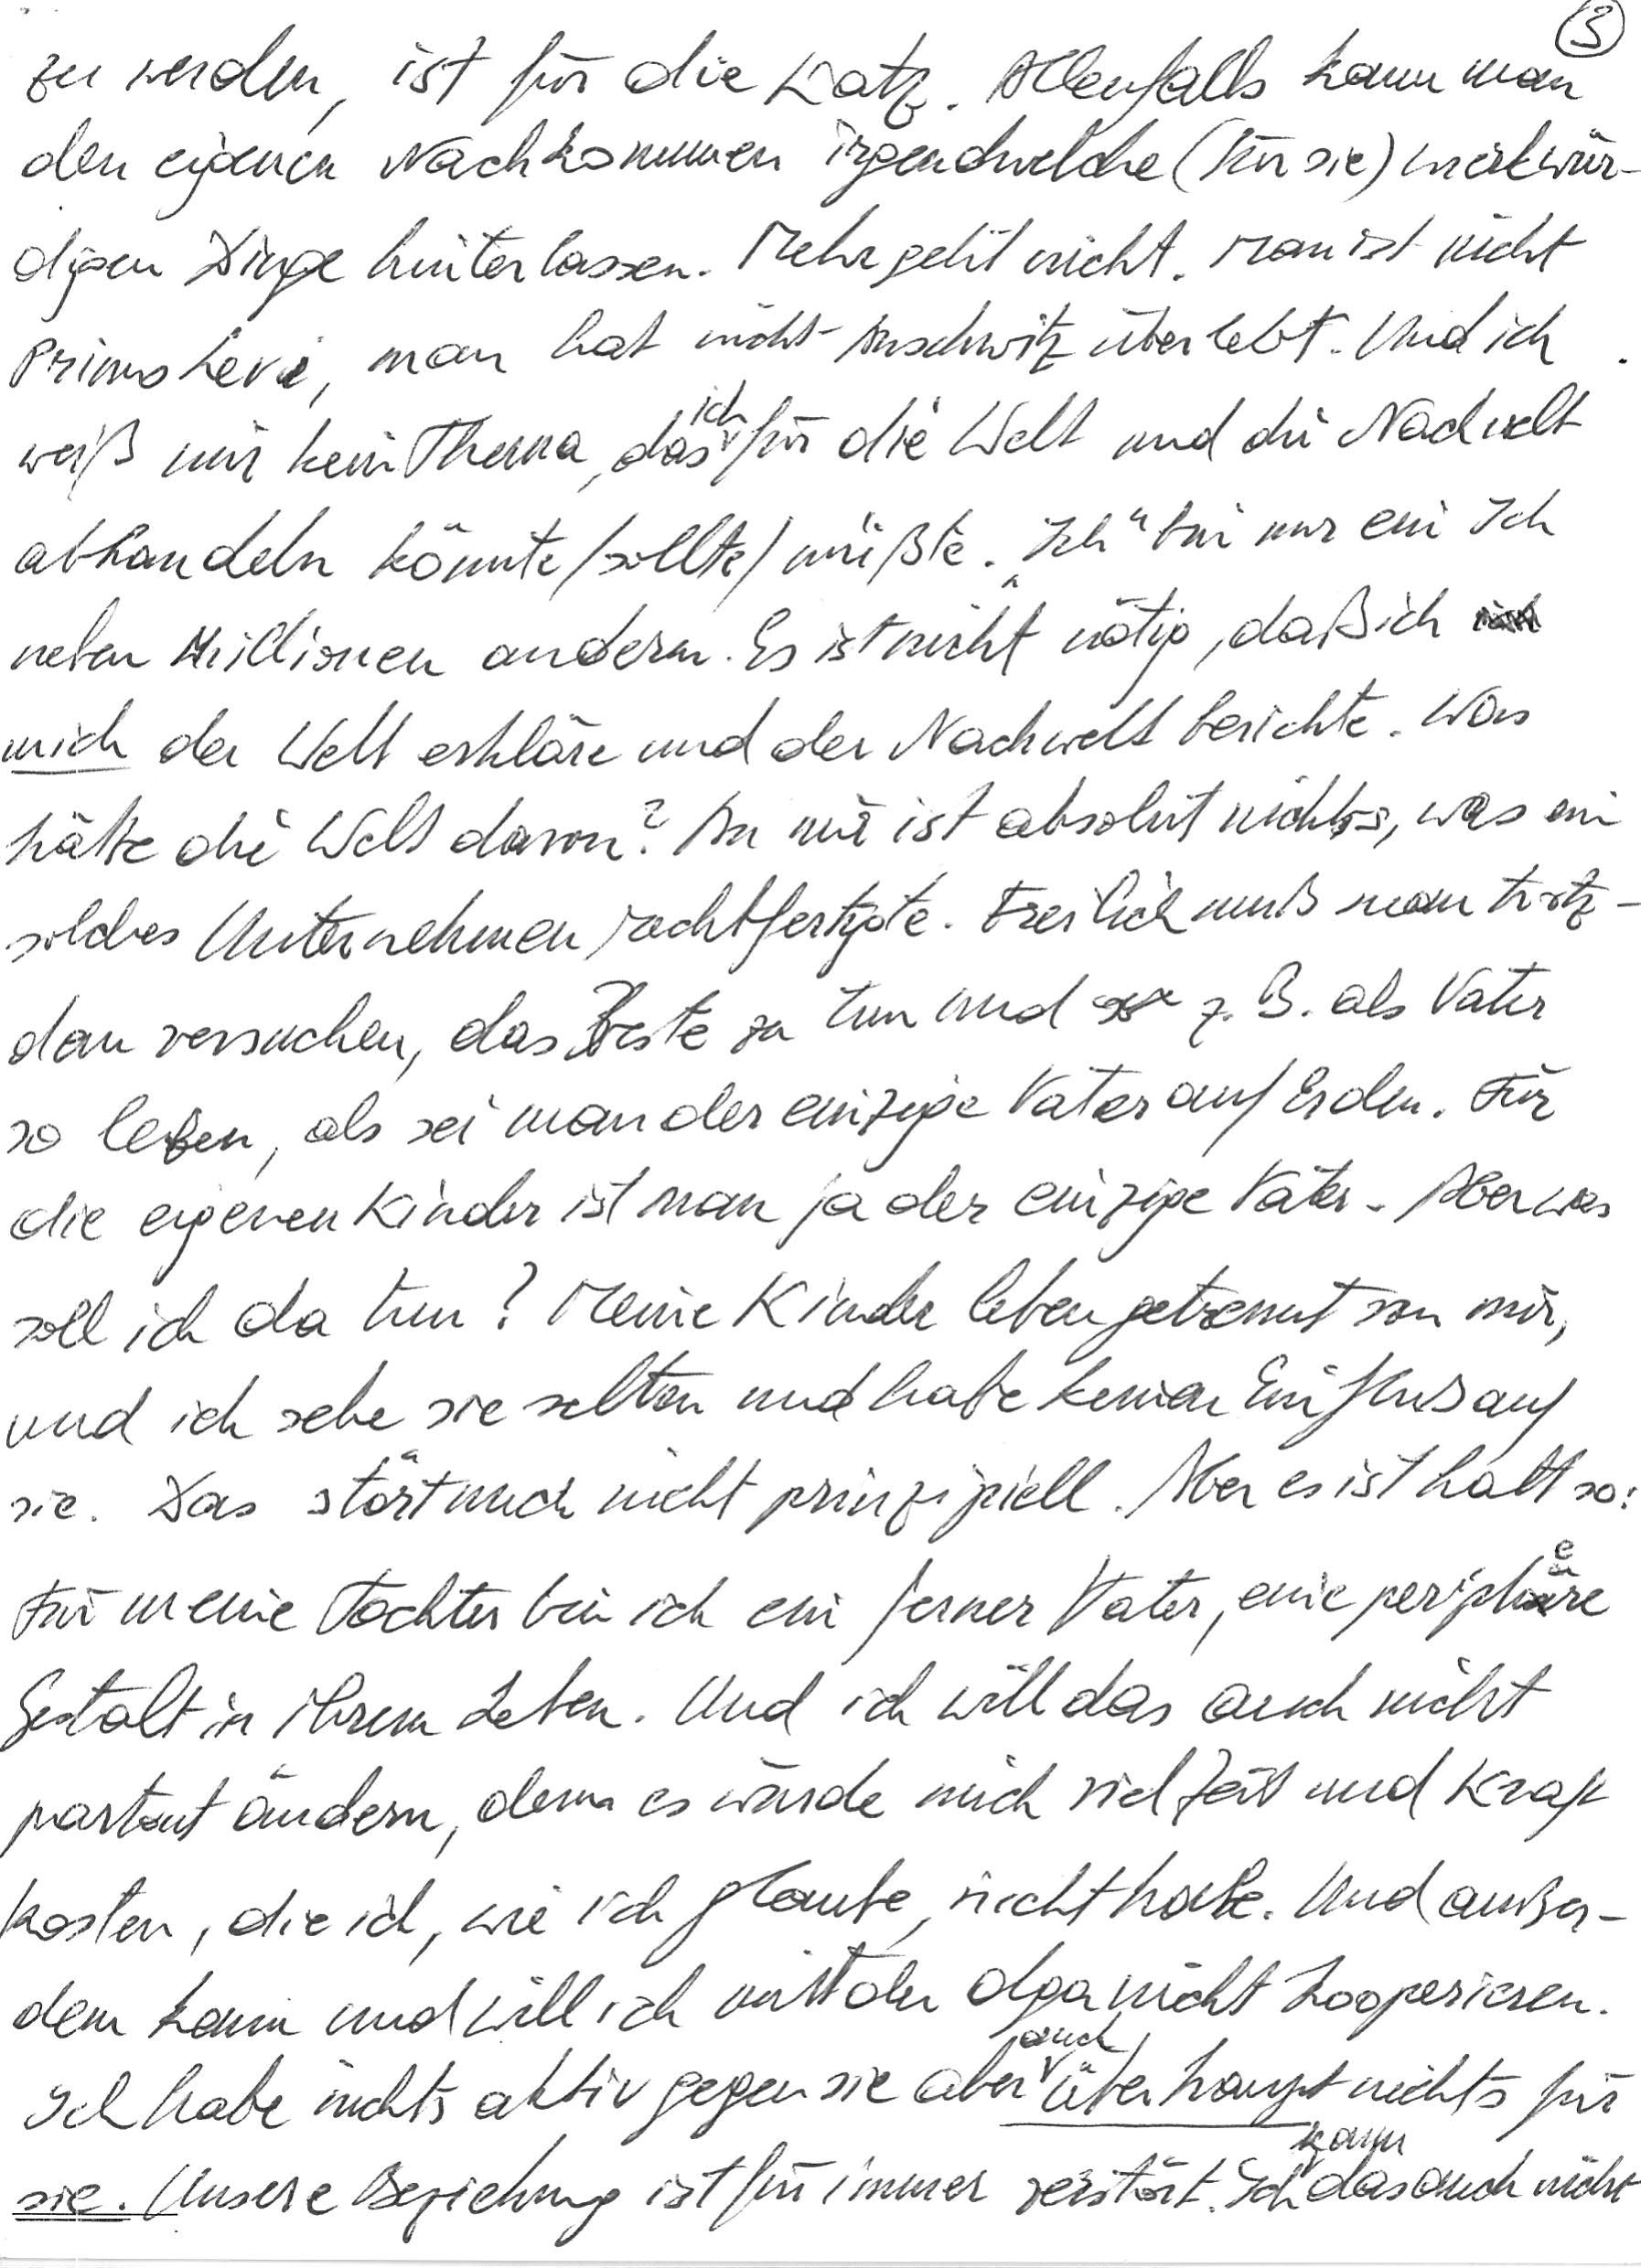
zu werden, ist für die Katz. Allenfalls kann man
den eigenen Nachkommen irgendwelche (für sie) merkwür-
digen Dinge hinterlassen. Mehr geht nicht. Man ist nicht
Primo Levi, man hat nicht Auschwitz überlebt. Und ich
weiß mir kein Thema, das ich für die Welt und die Nachwelt
abhandeln könnte/sollte/müßte. „Ich“ bin nur ein Ich
neben Millionen anderen. Es ist nicht nötig, daß ich
mich der Welt der Welt erkläre und der Nachwelt berichte. Was
hätte die Welt davon? An mir ist absolut nichts, was ein
solches Unternehmen rechtfertigte. Freilich muß man trotz-
dem versuchen, das Beste zu tun und z. B. als Vater
so leben, als sei man der einzige Vater auf Erden. Für
die eigenen Kinder ist man ja der einzige Vater. Aber was
soll ich da tun? Meine Kinder leben getrennt von mir,
und ich sehe sie selten und habe keinen Einfluß auf
sie. Das stört mich nicht prinzipiell. Aber es ist halt so:
Für meine Tochter bin ich ein ferner Vater, eine periphere
Gestalt in ihrem Leben. Und ich will das auch nicht
partout ändern, denn es würde mich viel Zeit und Kraft
kosten, die ich, wie ich glaube, nicht habe. Und außer-
dem kann und will ich mit der Olga nicht kooperieren.
Ich habe nichts aktiv gegen sie aber auch überhaupt nichts für
sie. Unsere Beziehung ist für immer zerstört. Ich kann das auch nicht